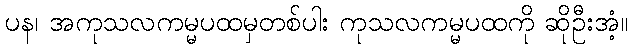
ပန၊ အကုသလကမ္မပထမှတစ်ပါး ကုသလကမ္မပထကို ဆိုဦးအံ့။